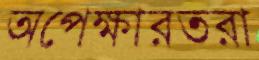
অপেক্ষারতরা